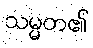
သမ္မတ၏